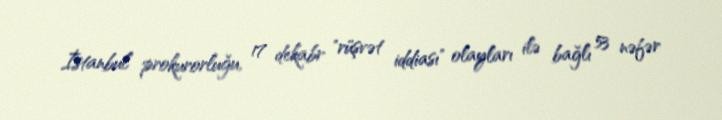
İstanbul prokurorluğu, 17 dekabr "rüşvət iddiası" olayları ilə bağlı 53 nəfər